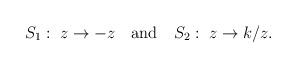
LaTeX: \begin{align*} S_1:\;z\to-z\quad\mbox{and}\quad S_2:\;z\to k/z.\end{align*}